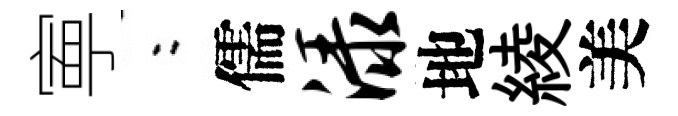
寕欸儒渌地綾美